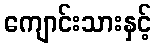
ကျောင်းသားနှင့်